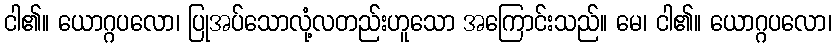
ငါ၏။ ယောဂ္ဂပလော၊ ပြုအပ်သောလုံ့လတည်းဟူသော အကြောင်းသည်။ မေ၊ ငါ၏။ ယောဂ္ဂပလော၊